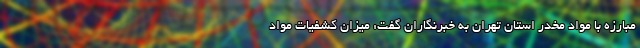
مبارزه با مواد مخدر استان تهران به خبرنگاران گفت: میزان کشفیات مواد